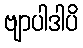
ဗျာပါဒါပိ